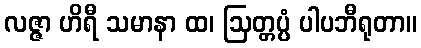
လဇ္ဇာ ဟိရီ သမာနာ ထ၊ ဩတ္တပ္ပံ ပါပဘီရုတာ။